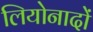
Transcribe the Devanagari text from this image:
लियोनादों